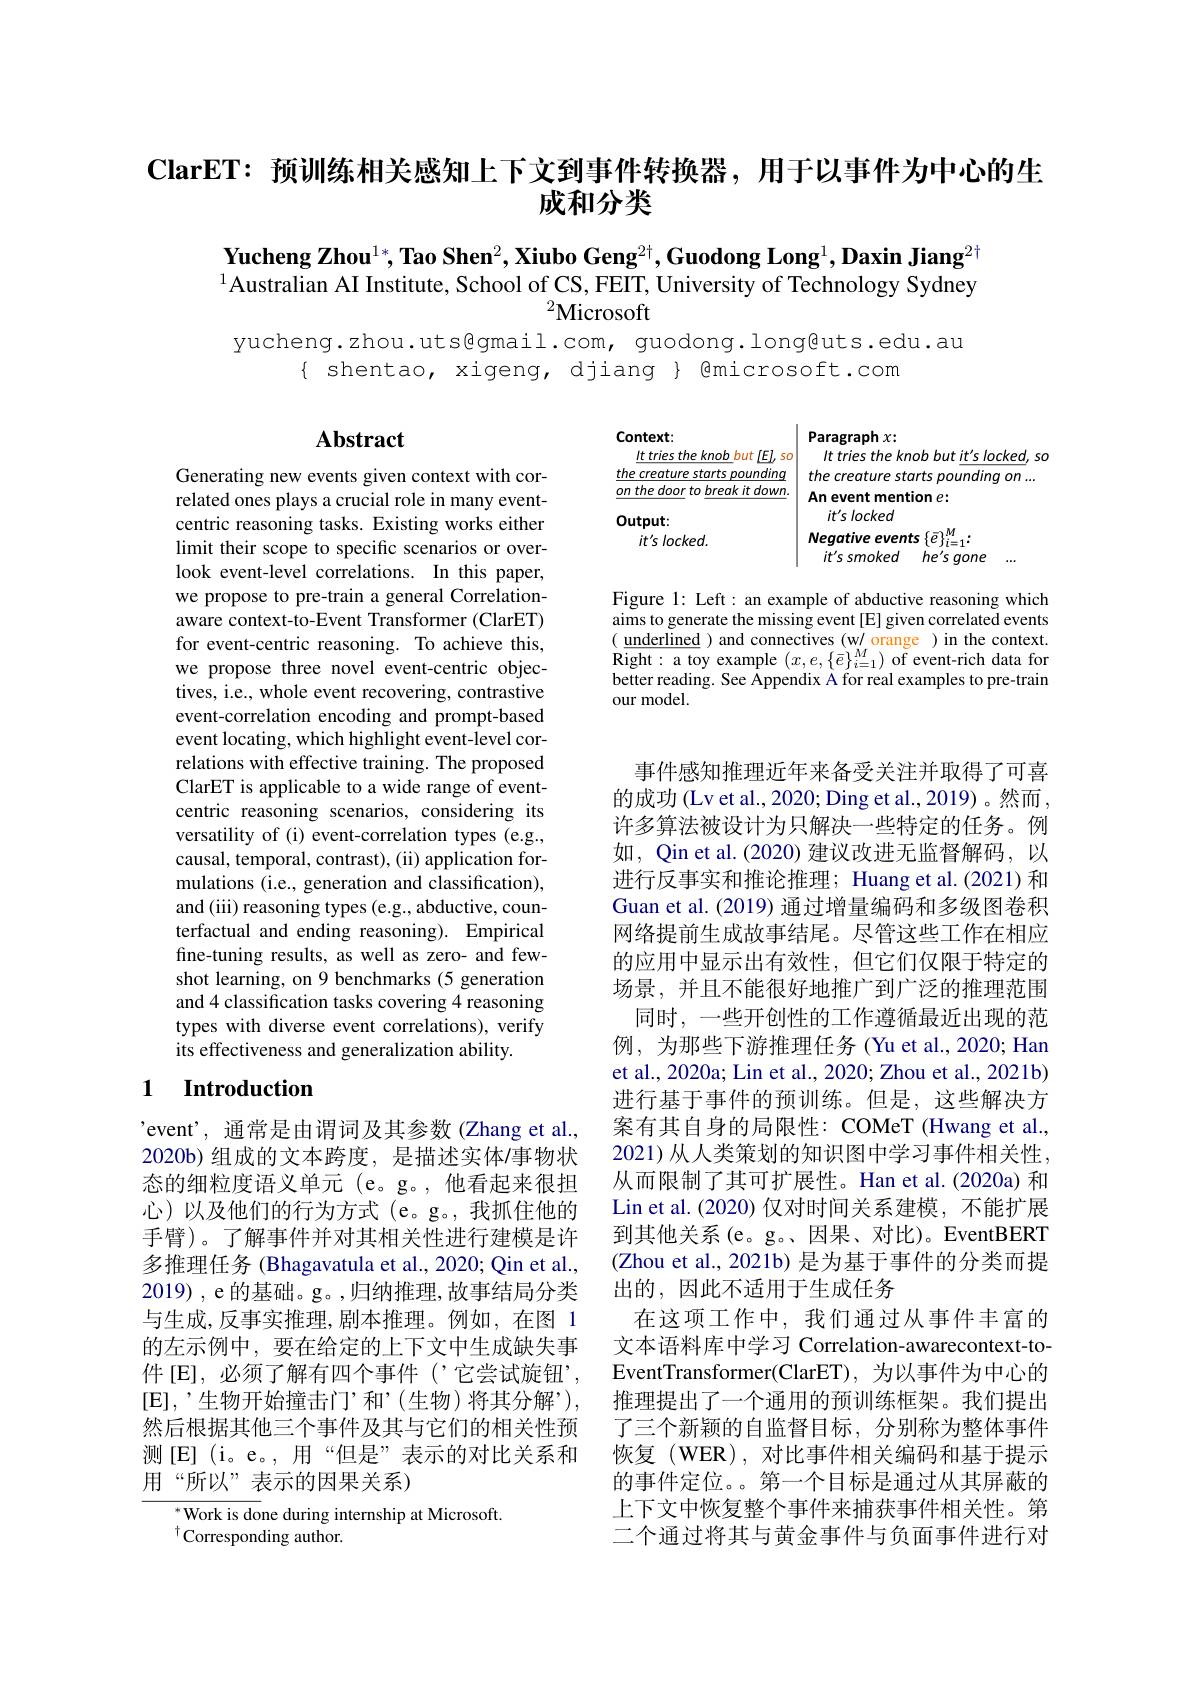
ClarET: 预训练相关感知上下文到事件转换器，用于以事件为中心的生
# 成和分类

Yucheng Zhou$^1*,\textbf{Tao Shen}^2,\textbf{Xiubo Geng}^{2+},\textbf{Guodong Long}^1,\textbf{Daxin Jiang}^{2+}$ $^{1}$Australian AI Institute, School of CS, FEIT, University of Technology Sydney
${}^2$Microsoft

yucheng.zhou.uts@gmail.com, guodong.long@uts.edu.au
$\{$ shentao, xigeng, djiang $\}$ @microsoft.com

Context:

# Abstract

$\underline{It\:tries\:the\:knob\:but\:[E],\:so}$

$\underline {on\:the\:door}$ $to\underline {break\:it\:down}.$

$Paragraphx:$
It tries the knob but it's locked, so
$\frac {thecreature\:starts\:pounding}{on\:the\:door\:to\:hreak\:it\:down}$ the creature starts pounding $on$ ...
An event mention $e:$
it's locked
Negative events $\{\bar{e}\}_{i=1}^M:$
$it^{\prime }ssmoked$ $he^{\prime }s$ gone ...

Output:

it's locked

Figure 1: Left: an example of abductive reasoning which aims to generate the missing event [E] given correlated events $(\underline{\text{underlined}})$ and connectives (w/ orange )in the context. ${\mathrm{Right:~a~toy~example~}}(x,e,\{\bar{e}\}_{i=1}^{M}){\mathrm{~of~event-rich~data~for}}$ better reading. See Appendix A for real examples to pre-train our model.

Generating new events given context with correlated ones plays a crucial role in many eventcentric reasoning tasks. Existing works either limit their scope to specific scenarios or overlook event-level correlations. In this paper, we propose to pre-train a general Correlationaware context-to-Event Transformer (ClarET) for event-centric reasoning. To achieve this, we propose three novel event-centric objectives, i.e., whole event recovering, contrastive event-correlation encoding and prompt-based event locating, which highlight event-level correlations with effective training. The proposed ClarET is applicable to a wide range of eventcentric reasoning scenarios, considering its versatility of (i) event-correlation types (e.g., causal, temporal, contrast), (ii) application formulations (i.e., generation and classification), and (iii) reasoning types (e.g., abductive, counterfactual and ending reasoning). Empirical fine-tuning results, as well as zero- and fewshot learning, on 9 benchmarks (5 generation and 4 classification tasks covering 4 reasoning types with diverse event correlations), verify its effectiveness and generalization ability.

## 1 Introduction

事件感知推理近年来备受关注并取得了可喜的成功 (Lv et al., 2020; Ding et al., 2019) 。然而 , 许多算法被设计为只解决一些特定的任务。例如，Qin et al.(2020) 建议改进无监督解码，以进行反事实和推论推理；Huang et al.(2021) 和Guan et al. (2019) 通过增量编码和多级图卷积网络提前生成故事结尾。尽管这些工作在相应的应用中显示出有效性，但它们仅限于特定的场景，并且不能很好地推广到广泛的推理范围
同时，一些开创性的工作遵循最近出现的范例，为那些下游推理任务 (Yu et al., 2020; Han et al., 2020a; Lin et al., 2020; Zhou et al., 2021b) 进行基于事件的预训练。但是，这些解决方案有其自身的局限性：COMeT (Hwang et al., 2021) 从人类策划的知识图中学习事件相关性， 从而限制了其可扩展性。Han et al.(2020a) 和Lin et al.(2020) 仅对时间关系建模，不能扩展到其他关系(e。g。、因果、对比)。EventBERT (Zhou et al., 2021b) 是为基于事件的分类而提出的 ,因此不适用于生成任务
在这项工作中，我们通过从事件丰富的文本语料库中学习 Correlation-awarecontext-toEventTransformer(ClarET),为以事件为中心的推理提出了一个通用的预训练框架。我们提出了三个新颖的自监督目标，分别称为整体事件恢复(WER),对比事件相关编码和基于提示的事件定位。第一个目标是通过从其屏蔽的上下文中恢复整个事件来捕获事件相关性。第二个通过将其与黄金事件与负面事件进行对

'event', 通常是由谓词及其参数 (Zhang et al., 2020b)组成的文本跨度，是描述实体/事物状态的细粒度语义单元 (e。g。,他看起来很担心)以及他们的行为方式(e。g。,我抓住他的手臂)。了解事件并对其相关性进行建模是许多推理任务 (Bhagavatula et al., 2020; Qin et al., 2019), e 的基础。g。,归纳推理，故事结局分类与生成，反事实推理，剧本推理。例如，在图 1的左示例中，要在给定的上下文中生成缺失事件[E],必须了解有四个事件(’它尝试旋钮’, [E$] , ’ 生 物 开 始 撞 击 门 ’ 和 ’ ( 生 物 ) 将 其 分 解 ’ ) $, 然后根据其他三个事件及其与它们的相关性预测[E](i。e。,用“但是”表示的对比关系和用“所以”表示的因果关系)

${^*\text{Work is do}}$ne during internship at Microsoft.
$^{\dagger}$Corresponding author.